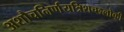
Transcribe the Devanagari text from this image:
अशौचनिर्णयत्रिशच्छलोकी